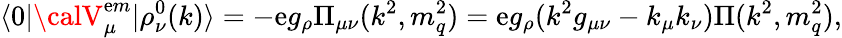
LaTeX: \langle0|{\calV}_{\mu}^{\mathrm{e}m}|\rho_{\nu}^{0}(k)\rangle=-\mathrm{e}g_{\rho}\Pi_{\mu\nu}(k^{2},m_{q}^{2})=\mathrm{e}g_{\rho}(k^{2}g_{\mu\nu}-k_{\mu}k_{\nu})\Pi(k^{2},m_{q}^{2}),